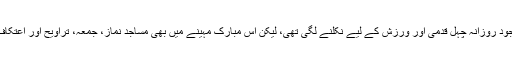
قوتِ مدافعت بڑھانے کی خاطر عوام کی بڑی تعداد ماہِ صیام کے باوجود روزانہ چہل قدمی اور ورزش کے لیے نکلنے لگی تھی، لیکن اس مبارک مہینے میں بھی مساجد نماز، جمعہ، تراویح اور اعتکاف سمیت ہر قسم کے اجتماعات کے لیے بند رہیں اور ابھی تک بند ہیں۔